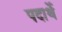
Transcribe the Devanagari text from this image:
पदार्थे